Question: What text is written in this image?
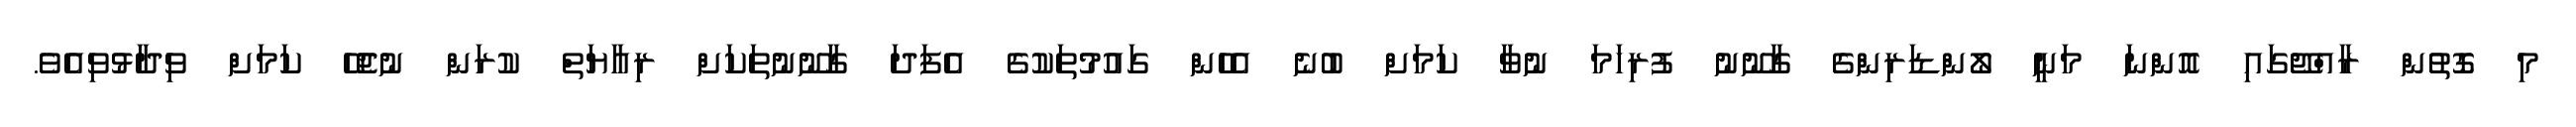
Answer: މި ގޮތުން ރާއްޖޭގައި އޮންނަ މަނީ ލޯންޑަރިންގެ ގާނޫނު ފުރިހަމަ ނުވާ ކަމަށް ބުނެ އެހެން ގައުމުތަކުގެ އެފަދަ ގާނޫނުތަކަށް ރިއާޔަތް ކުރަން ނުޖެހޭ ކަމަށް ވިދާޅުވިއެވެ.